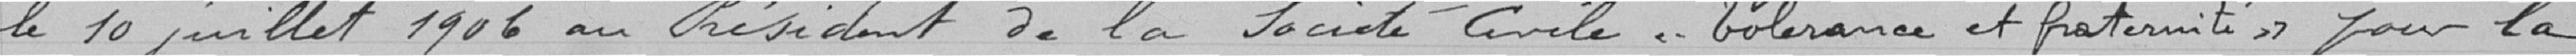
le 10 juillet 1906 au Président de la Société Civile "Tolérance- Fraternité" pour la